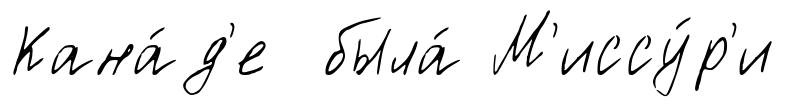
Кана́д'е была́ М'иссу́р'и